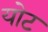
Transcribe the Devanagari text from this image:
योट